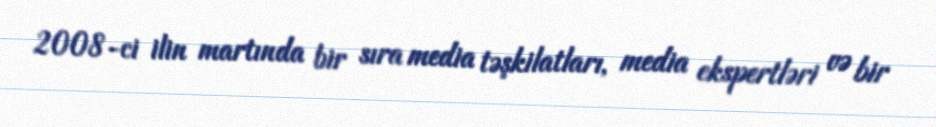
2008-ci ilin martında bir sıra media təşkilatları, media ekspertləri və bir